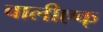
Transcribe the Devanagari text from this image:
वालीएक्